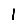
Digit: 1